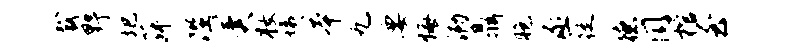
裁野圯菽陛冀妆姨本九要悔泐鼎胞丞徙德同棺至